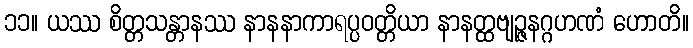
၁၁။ ယဿ စိတ္တသန္တာနဿ နာနနာကာရပ္ပဝတ္တိယာ နာနတ္ထဗျဉ္ဇနဂ္ဂဟဏံ ဟောတိ။